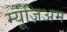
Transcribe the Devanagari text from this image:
म्यूज़िअम